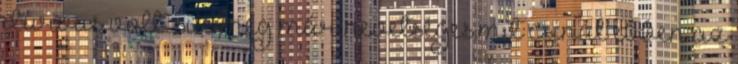
durvus volt. sue meg már nevetséges.mit csinál ebben az